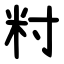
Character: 籿